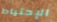
الإحتياط